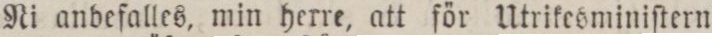
Ni anbefalles, min herre, att för Utrikesminiſtern